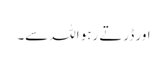
اور ڈرتے رہو اللہ سے۔